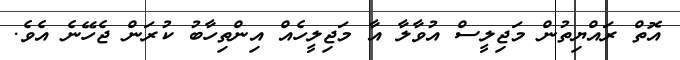
އޮތް ރައްޔިތުން މަޖިލީސް އުވާލާ އާ މަޖިލީހެއް އިންތިހާބު ކުރަން ޖެހޭނެ އެވެ.